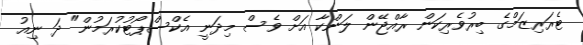
ޓެރަރިޒަމްގެ ބިރުވެރިކަން ރާއްޖޭން ލަންކާ އަށް ވެސް މިދަނީ އެކްސްޕޯޓުކުރަމުން" ދަ ނިއު